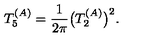
T _ { 5 } ^ { ( A ) } = { \frac { 1 } { 2 \pi } } \big ( T _ { 2 } ^ { ( A ) } \big ) ^ { 2 } .